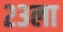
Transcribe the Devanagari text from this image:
२३ला